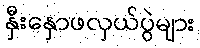
နှီးနှောဖလှယ်ပွဲများ